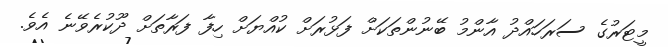
މީޓަރުގެ ސަރަހައްދު އާންމު ބޭނުންތަކަށް ފަޅުރަށް ކުއްޔަށް ހިފާ ފަރާތަށް ދޫކުރެވޭނެ އެވެ.